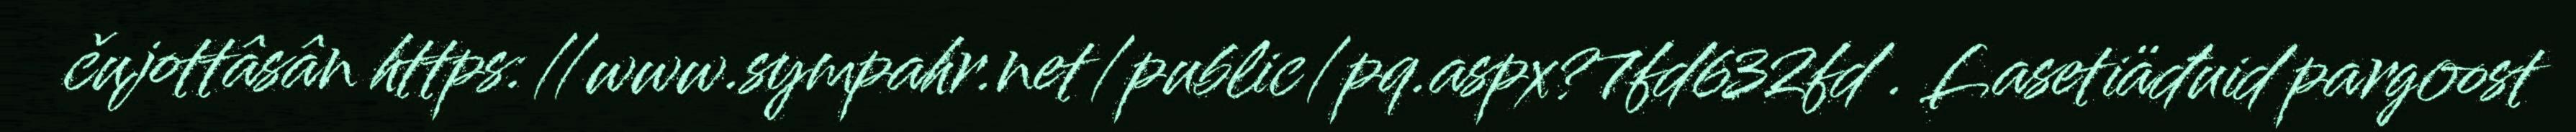
čujottâsân https://www.sympahr.net/public/pq.aspx?7fd632fd . Lasetiäđuid pargoost